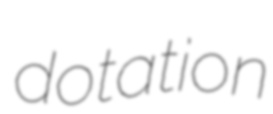
dotation